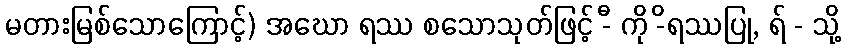
မတားမြစ်သောကြောင့်) အဃော ရဿ စသောသုတ်ဖြင့် -ီ ကို -ိရဿပြု, ရ် - သို့